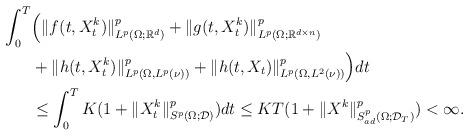
LaTeX: \begin{align*}\int_0^T &\Big(\| f(t, X^k_t)\|^p_{L^p(\Omega;\mathbb{R}^d)} + \| g(t, X^k_t)\|^p_{L^p(\Omega;\mathbb{R}^{d\times n})} \\&+\| h(t, X^k_t)\|^p_{L^p(\Omega, L^p(\nu))}+ \| h(t, X_t)\|^p_{L^p(\Omega,L^2(\nu))}\Big) dt\\&\leq \int_0^T K(1+\| X^k_t \|^p_{S^p(\Omega;\mathcal{D})}) dt \leq KT(1+\| X^k\|^p_{S^p_{ad}(\Omega; \mathcal{D}_T)})<\infty.\end{align*}